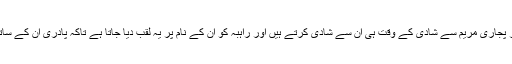
مریم 'شادی' کی اصل ہے اور پجاری مریم سے شادی کے وقت ہی ان سے شادی کرتے ہیں اور راہبہ کو ان کے نام پر یہ لقب دیا جاتا ہے تاکہ پادری ان کے ساتھ جنسی تعلقات قائم کرسکیں۔